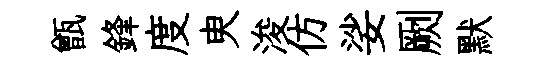
甑鋒度㬰浚仿娑劂默